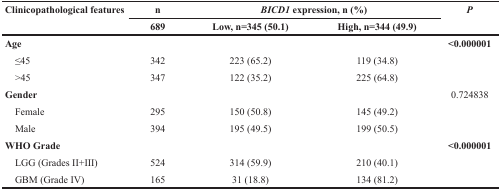
<table><thead><tr><td rowspan="2"><b>Clinicopathological features</b></td><td><b>n</b></td><td colspan="2"><b><i>BICD1</i> expression, n (%)</b></td><td rowspan="2"><b><i>P</i></b></td></tr><tr><td><b>689</b></td><td><b>Low, n=345 (50.1)</b></td><td><b>High, n=344 (49.9)</b></td></tr></thead><tbody><tr><td><b>Age</b></td><td></td><td></td><td></td><td><b>&lt;0.000001</b></td></tr><tr><td> ≤45</td><td>342</td><td>223 (65.2)</td><td>119 (34.8)</td><td></td></tr><tr><td> &gt;45</td><td>347</td><td>122 (35.2)</td><td>225 (64.8)</td><td></td></tr><tr><td><b>Gender</b></td><td></td><td></td><td></td><td>0.724838</td></tr><tr><td> Female</td><td>295</td><td>150 (50.8)</td><td>145 (49.2)</td><td></td></tr><tr><td> Male</td><td>394</td><td>195 (49.5)</td><td>199 (50.5)</td><td></td></tr><tr><td><b>WHO Grade</b></td><td></td><td></td><td></td><td><b>&lt;0.000001</b></td></tr><tr><td> LGG (Grades II+III)</td><td>524</td><td>314 (59.9)</td><td>210 (40.1)</td><td></td></tr><tr><td> GBM (Grade IV)</td><td>165</td><td>31 (18.8)</td><td>134 (81.2)</td><td></td></tr></tbody></table>